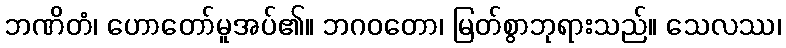
ဘဏိတံ၊ ဟောတော်မူအပ်၏။ ဘဂဝတော၊ မြတ်စွာဘုရားသည်။ သေလဿ၊